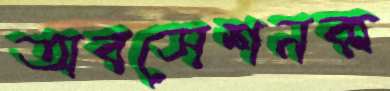
অবসেশনক